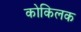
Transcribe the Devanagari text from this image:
कोकिलक